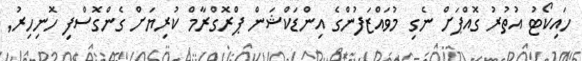
ހައިކޯޓު އުތުރު ގޮއްޕަށް ނެގި މުވައްޒަފުންގެ އިންޑަކްޝަން ޕްރޮގްރާމް ކުރިޔަށް ގެންގޮސްފި ހޮނިހިރު